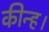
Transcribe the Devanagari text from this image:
कीन्‍ह।